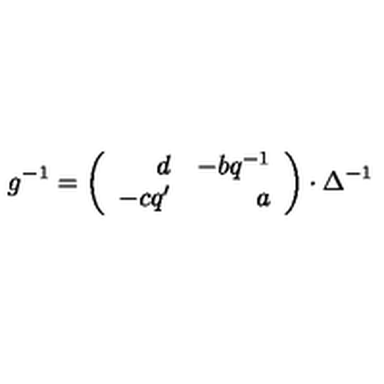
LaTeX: g ^ { - 1 } = \left( \begin{array} { r r } { d } & { - b q ^ { - 1 } } \\ { - c q ^ { \prime } } & { a } \\ \end{array} \right) \cdot \Delta ^ { - 1 }